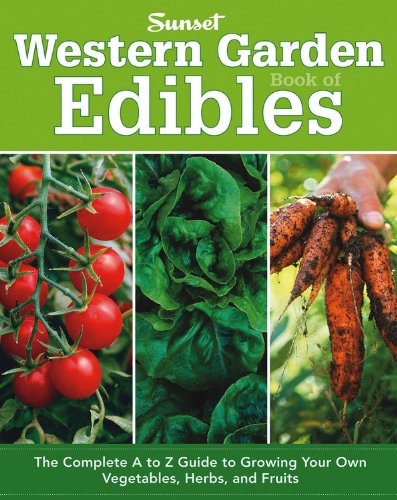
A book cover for Western Garden Book of Edibles: The Complete A-Z Guide to Growing Your Own Vegetables, Herbs, and Fruits; Editors of Sunset Magazine; Crafts, Hobbies & Home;